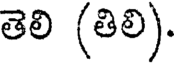
తెలి (తిలి).